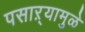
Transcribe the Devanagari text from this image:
पसाऱ्यामुळे